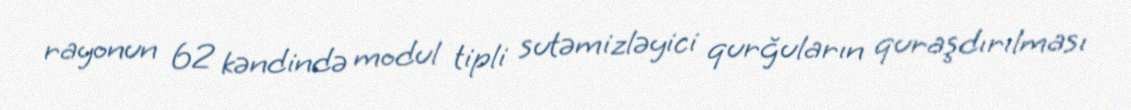
rayonun 62 kəndində modul tipli sutəmizləyici qurğuların quraşdırılması